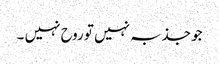
جو جذبہ نہیں تو روح نہیں ۔